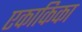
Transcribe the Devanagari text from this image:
एकाकिका